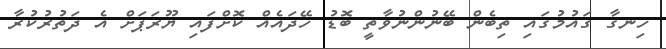
ހިނގާ ގައުމުގައި ތިބެން ބޭނުންނުވާތީ ބޮޑު ހޭދައެއް ކޮށްފައި ޔޫރަޕަށް އެ ދަތުރުކުރާ